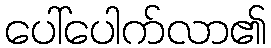
ပေါ်ပေါက်လာ၏